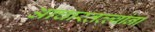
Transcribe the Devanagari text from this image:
आचारतत्त्वांना